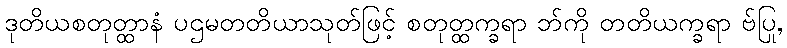
ဒုတိယစတုတ္ထာနံ ပဌမတတိယာသုတ်ဖြင့် စတုတ္ထက္ခရာ ဘ်ကို တတိယက္ခရာ ဗ်ပြု,